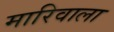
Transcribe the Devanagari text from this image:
मारिवाला